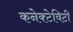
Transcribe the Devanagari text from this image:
कनेक्टेविटी